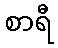
စာရီ